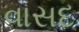
વાસદ